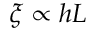
\xi \propto h L